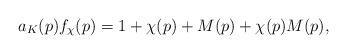
LaTeX: \begin{align*}a_{K}(p)f_{\chi}(p)=1+\chi(p)+M(p)+\chi(p)M(p),\end{align*}